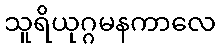
သူရိယုဂ္ဂမနကာလေ